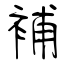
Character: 補